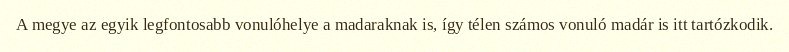
A megye az egyik legfontosabb vonulóhelye a madaraknak is, így télen számos vonuló madár is itt tartózkodik.